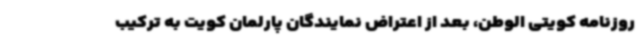
روزنامه کویتی الوطن، بعد از اعتراض نمایندگان پارلمان کویت به ترکیب